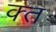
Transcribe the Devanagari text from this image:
क्‍त